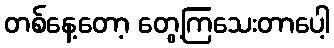
တစ်နေ့တော့ တွေ့ကြသေးတာပေါ့